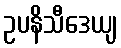
ဥပနိသီဒေယျ